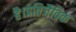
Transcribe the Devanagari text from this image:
है।प्रतिजैविक